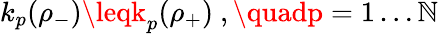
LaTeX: k_{p}(\rho_{-})\leqk_{p}(\rho_{+})\ ,\quadp=1\dots\mathbb{N}